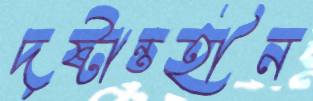
দৃষ্টান্তহীন